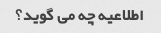
اطلاعیه چه می گوید؟